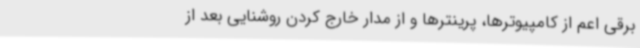
برقی اعم از کامپیوترها، پرینترها و از مدار خارج کردن روشنایی بعد از